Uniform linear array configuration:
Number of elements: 8
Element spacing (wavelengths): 0.5
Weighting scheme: binomial
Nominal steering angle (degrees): -15
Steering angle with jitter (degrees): -13.581
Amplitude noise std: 0.05
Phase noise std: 0.05

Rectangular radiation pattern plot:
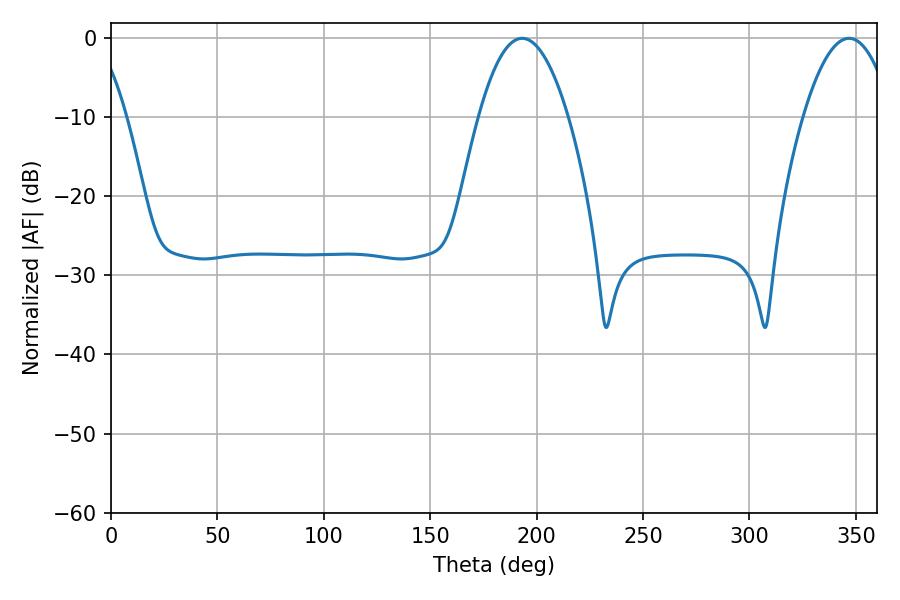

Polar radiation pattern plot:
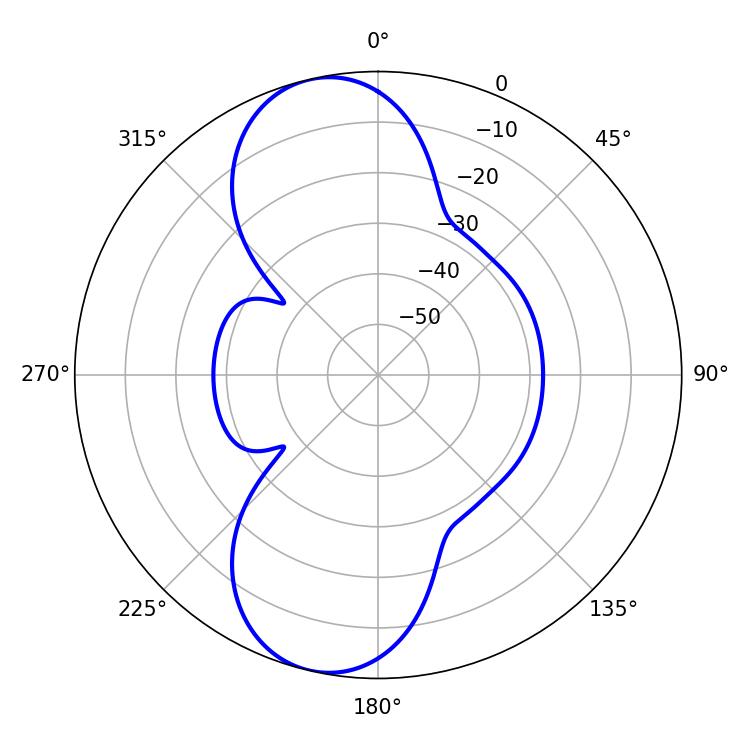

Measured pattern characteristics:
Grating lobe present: FALSE
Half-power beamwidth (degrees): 23.22
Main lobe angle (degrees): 193.14